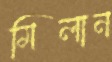
মিলান